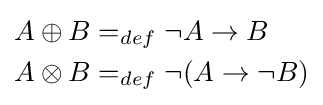
{\begin{aligned}A\oplus B&=_{def}\neg A\rightarrow B\\A\otimes B&=_{def}\neg (A\rightarrow \neg B)\end{aligned}}